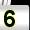
Digit: 5